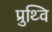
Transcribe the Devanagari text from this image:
प्रुथ्वि